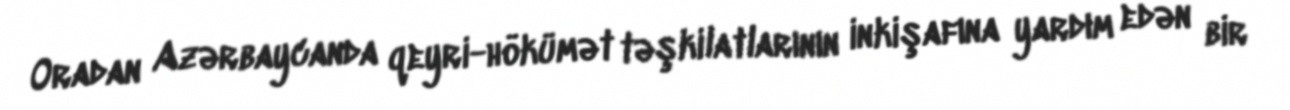
Oradan Azərbaycanda qeyri-hökümət təşkilatlarının inkişafına yardım edən bir